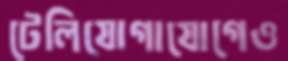
টেলিযোগাযোগেও